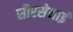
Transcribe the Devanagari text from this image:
सौरसेनाई